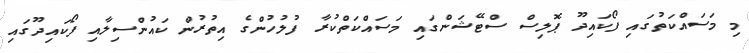
މި މަސައްކަތުގައި ފޯކައިދޫ ޕޮލިސް ސްޓޭޝަންގައި މަސައްކަތްކުރާ ފުލުހުންގެ އިތުރުން ކައުންސިލާއި ފޯކައިދޫގައި